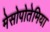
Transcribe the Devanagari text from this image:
मेसोपोतेमिया